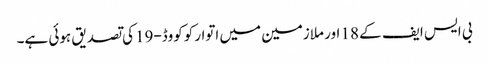
بی ایس ایف کے 18 اور ملازمین میں اتوار کوکووڈ-19کی تصدیق ہوئی ہے۔